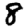
Digit: 8